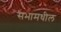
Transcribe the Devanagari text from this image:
सभामधील